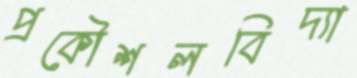
প্রকৌশলবিদ্যা